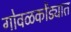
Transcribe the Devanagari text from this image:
गोवळकोंड्यात